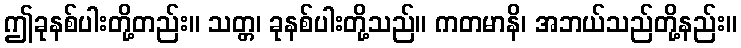
ဤခုနစ်ပါးတို့တည်း။ သတ္တ၊ ခုနစ်ပါးတို့သည်။ ကတမာနိ၊ အဘယ်သည်တို့နည်း။